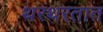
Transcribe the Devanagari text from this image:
थरथरतात